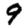
Digit: 9